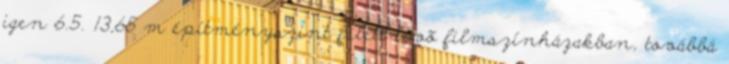
igen 6.5. 13,65 m építményszint felett lévõ filmszínházakban, továbbá